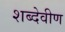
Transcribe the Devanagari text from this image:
शब्देवीण